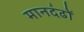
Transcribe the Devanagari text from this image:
मानदंढों